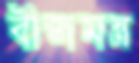
বীজমন্ত্র